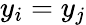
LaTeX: y_{i}=y_{j}